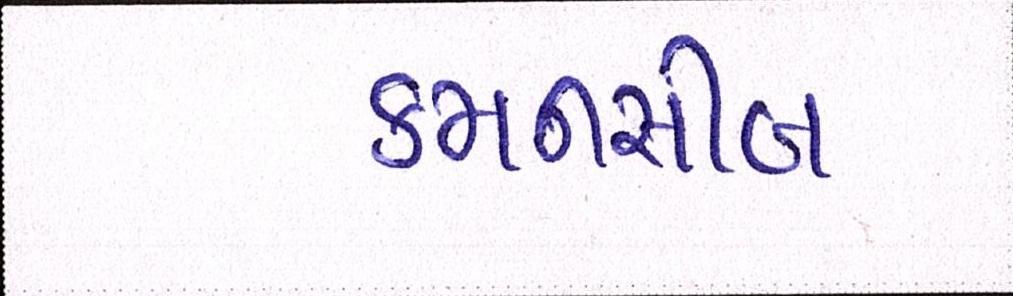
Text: કમનસીબ